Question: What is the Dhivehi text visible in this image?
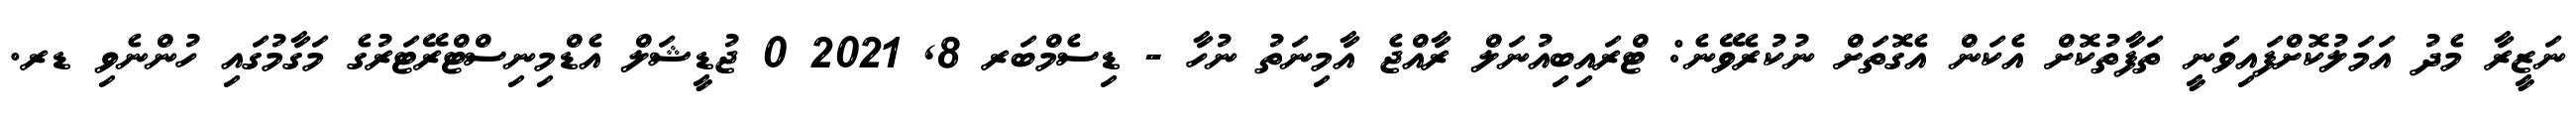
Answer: ނަޒީރާ މެދު އަމަލުކޮށްފައިވަނީ ތަފާތުކޮށް އެކަން އެގޮތަށް ނުކުރެވޭނެ: ޓްރައިބިއުނަލް ރާއްޖެ އާމިނަތު ނުހާ - ޑިސެމްބަރ 8, 2021 0 ޖުޑީޝަލް އެޑްމިނިސްޓްރޭޓަރުގެ މަގާމުގައި ހުންނެވި ޑރ.